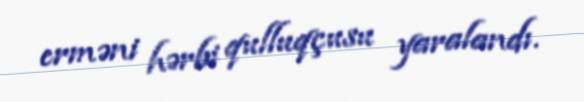
erməni hərbi qulluqçusu yaralandı.